Report of the Indian Hemp Drugs Commission, 1894-1895 - Volume V
Year: 1894
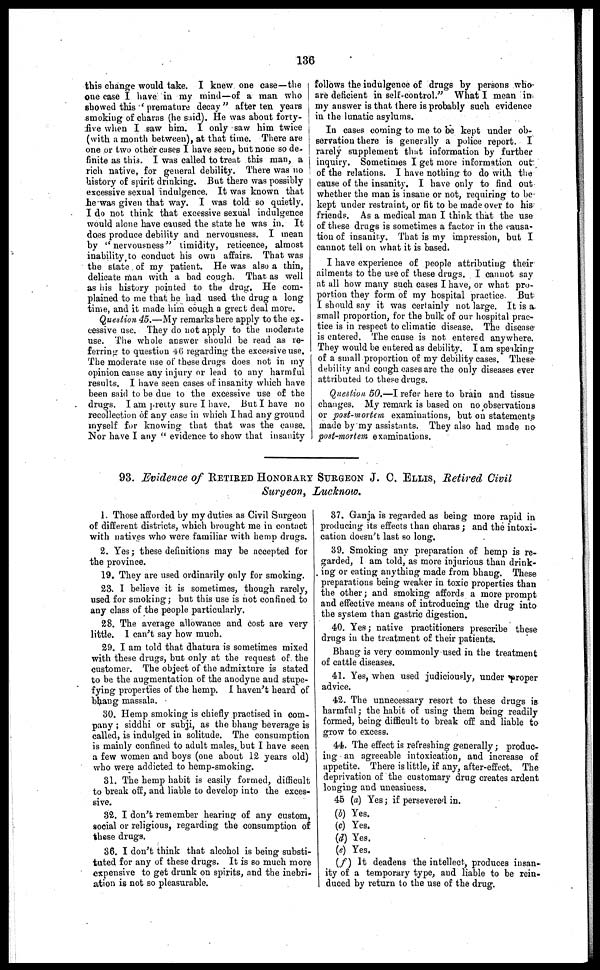
136
this change would take. I knew one case—the
one case I have in ray mind—of a man who
showed this 'premature decay" after ten years
smoking of charas (he said). He was about forty-
five when I saw him. I only saw him twice
(with a month between), at that time. There are
one or two other cases I have seen, but none so de-
finite as this. I was called to treat this man, a
rich native, for general debility. There was no
history of spirit drinking. But there was possibly
excessive sexual indulgence. It was known that
he was given that way. I was told so quietly.
I do not think that excessive sexual indulgence
would alone have caused the state he was in. It
does produce debility and nervousness. I mean
by "nervousness" timidity, reticence, almost
inability to conduct his own affairs. That was
the state of my patient. He was also a thin,
delicate man with a bad cough. That, as well
as his history pointed to the drug. He com-
plained to me that he had used the drug a long
time, and it made him cough a great deal more.
Question 45.—My remarks here apply to the ex-
cessive use. They do not apply to the moderate
use. The whole answer should be read as re-
ferring to question 46 regarding the excessive use.
The moderate use of these drugs does not in my
opinion cause any injury or lead to any harmful
results. I have seen cases of insanity which have
been said to be due to the excessive use of the
drugs. I am pretty sure I have. But I have no
recollection of any case in which I had any ground
myself for knowing that that was the cause.
Nor have I any "evidence to show that insanity
follows the indulgence of drugs by persons who
are deficient in self-control." What I mean in
my answer is that there is probably such evidence
in the lunatic asylums.
In cases coming to me to be kept under ob-
servation there is generally a police report. I
rarely supplement that information by further
inquiry. Sometimes I get more information out
of the relations. I have nothing to do with the
cause of the insanity. I have only to find out
whether the man is insane or not, requiring to be
kept under restraint, or fit to be made over to his
friends. As a medical man I think that the use
of these drugs is sometimes a factor in the causa-
tion of insanity. That is my impression, but I
cannot tell on what it is based.
I have experience of people attributing their
ailments to the use of these drugs. I cannot say
at all how many such cases I have, or what pro-
portion they form of my hospital practice. But
I should say it was certainly not large. It is a
small proportion, for the bulk of our hospital prac-
tice is in respect to climatic disease. The disease
is entered. The cause is not entered anywhere.
They would be entered as debility. I am speaking
of a small proportion of my debility cases. These
debility and cough eases are the only diseases ever
attributed to these drugs.
Question. 50.—I refer here to brain and tissue
changes. My remark is based on no observations
or post-mortem examinations, but on statements
made by my assistants. They also had made no
post-mortem examinations.
93. Evidence of RETIRED HONORARY SURGEON J. C. ELLIS, Retired Civil
Surgeon, Lucknow.
1. Those afforded by my duties as Civil Surgeon
of different districts, which brought me in contact
with natives who were familiar with hemp drugs.
2. Yes; these definitions may be accepted for
the province.
19. They are used ordinarily only for smoking.
23. I believe it is sometimes, though rarely,
used for smoking; but this use is not confined to
any class of the people particularly.
28. The average allowance and cost are very
little. I can't say how much.
29. I am told that dhatura is sometimes mixed
with these drugs, but only at the request of the
customer. The object of the admixture is stated
to be the augmentation of the anodyne and stupe-
fying properties of the hemp. I haven't heard of
bhang massala.
30. Hemp smoking is chiefly practised in com-
pany; siddhi or subji, as the bhang beverage is
called, is indulged in solitude. The consumption
is mainly confined to adult males, but I have seen
a few women and boys (one about 12 years old)
who were addicted to hemp-smoking.
31. The hemp habit is easily formed, difficult
to break off, and liable to develop into the exces-
sive.
82. I don't remember hearing of any custom,
social or religious, regarding the consumption of
these drugs.
86. I don't think that alcohol is being substi-
tuted for any of these drugs. It is so much more
expensive to get drunk on spirits, and the inebri-
ation is not so pleasurable.
37. Ganja is regarded as being more rapid in
producing its effects than charas; and the intoxi-
cation doesn't last so long.
39. Smoking any preparation of hemp is re-
garded, I am told, as more injurious than drink-
ing or eating anything made from bhang. These
preparations being weaker in toxic properties than
the other; and smoking affords a more prompt
and effective means of introducing the drug into
the system than gastric digestion.
40. Yes; native practitioners prescribe these
drugs in the treatment of their patients.
Bhang is very commonly used in the treatment
of cattle diseases.
41. Yes, when used judiciously, under proper
advice.
42. The unnecessary resort to these drugs is
harmful; the habit of using them being readily
formed, being difficult to break off and liable to
grow to excess.
44. The effect is refreshing generally; produc-
ing an agreeable intoxication, and increase of
appetite. There is little, if any, after-effect. The
deprivation of the customary drug creates ardent
longing and uneasiness.
45 (a) Yes; if persevered in.
(b) Yes.
(c) Yes.
(d) Yes.
(e) Yes.
(f) It deadens the intellect, produces insan-
ity of a temporary type, and liable to be rein-
duced by return to the use of the drug.